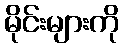
မိုင်းများကို